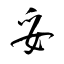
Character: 妥